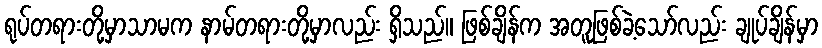
ရုပ်တရားတို့မှာသာမက နာမ်တရားတို့မှာလည်း ရှိသည်။ ဖြစ်ချိန်က အတူဖြစ်ခဲ့သော်လည်း ချုပ်ချိန်မှာ